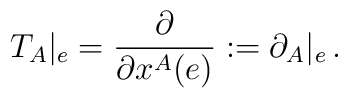
T_{A}|_{e}=\frac{\partial }{\partial x^{A}(e)}:=\partial_{A}|_{e} \,.